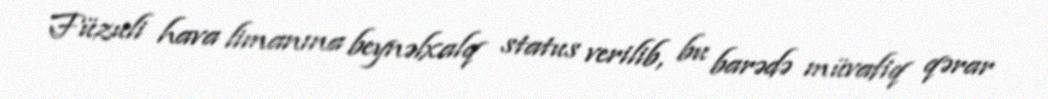
Füzuli hava limanına beynəlxalq status verilib, bu barədə müvafiq qərar